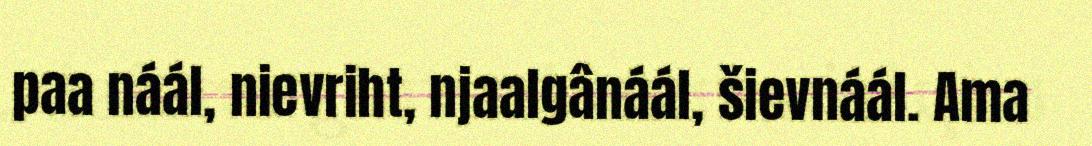
paa náál, nievriht, njaalgânáál, šievnáál. Ama